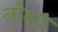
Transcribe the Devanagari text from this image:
नोशा